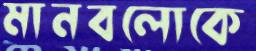
মানবলোকে